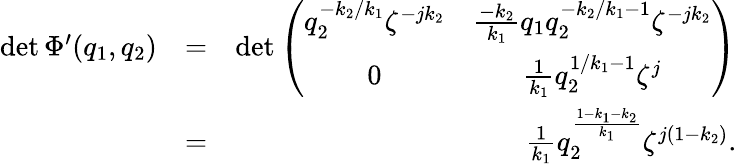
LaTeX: \begin{array}{rlr}{\operatorname*{det}\Phi{'}(q_{1},q_{2})}&{=}&{\operatorname*{det}\left(\begin{array}{cc}{q_{2}^{-k_{2}/k_{1}}\zeta^{-jk_{2}}}&{\frac{-k_{2}}{k_{1}}q_{1}q_{2}^{-k_{2}/k_{1}-1}\zeta^{-jk_{2}}}\\ {0}&{\frac{1}{k_{1}}q_{2}^{1/k_{1}-1}\zeta^{j}}\end{array}\right)}\\ &{=}&{\frac{1}{k_{1}}q_{2}^{\frac{1-k_{1}-k_{2}}{k_{1}}}\zeta^{j(1-k_{2})}.}\end{array}